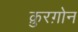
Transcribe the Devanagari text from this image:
क़ुरग़ोन